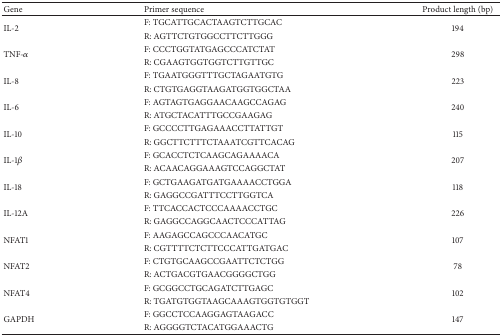
<table><thead><tr><td><b>Gene</b></td><td><b>Primer sequence</b></td><td><b>Product length (bp)</b></td></tr></thead><tbody><tr><td rowspan="2">IL-2</td><td>F: TGCATTGCACTAAGTCTTGCAC</td><td rowspan="2">194</td></tr><tr><td>R: AGTTCTGTGGCCTTCTTGGG</td></tr><tr><td rowspan="2">TNF-<i>α</i></td><td>F: CCCTGGTATGAGCCCATCTAT</td><td rowspan="2">298</td></tr><tr><td>R: CGAAGTGGTGGTCTTGTTGC</td></tr><tr><td rowspan="2">IL-8</td><td>F: TGAATGGGTTTGCTAGAATGTG</td><td rowspan="2">223</td></tr><tr><td>R: CTGTGAGGTAAGATGGTGGCTAA</td></tr><tr><td rowspan="2">IL-6</td><td>F: AGTAGTGAGGAACAAGCCAGAG</td><td rowspan="2">240</td></tr><tr><td>R: ATGCTACATTTGCCGAAGAG</td></tr><tr><td rowspan="2">IL-10</td><td>F: GCCCCTTGAGAAACCTTATTGT</td><td rowspan="2">115</td></tr><tr><td>R: GGCTTCTTTCTAAATCGTTCACAG</td></tr><tr><td rowspan="2">IL-1<i>β</i></td><td>F: GCACCTCTCAAGCAGAAAACA</td><td rowspan="2">207</td></tr><tr><td>R: ACAACAGGAAAGTCCAGGCTAT</td></tr><tr><td rowspan="2">IL-18</td><td>F: GCTGAAGATGATGAAAACCTGGA</td><td rowspan="2">118</td></tr><tr><td>R: GAGGCCGATTTCCTTGGTCA</td></tr><tr><td rowspan="2">IL-12A</td><td>F: TTCACCACTCCCAAAACCTGC</td><td rowspan="2">226</td></tr><tr><td>R: GAGGCCAGGCAACTCCCATTAG</td></tr><tr><td rowspan="2">NFAT1</td><td>F: AAGAGCCAGCCCAACATGC</td><td rowspan="2">107</td></tr><tr><td>R: CGTTTTCTCTTCCCATTGATGAC</td></tr><tr><td rowspan="2">NFAT2</td><td>F: CTGTGCAAGCCGAATTCTCTGG</td><td rowspan="2">78</td></tr><tr><td>R: ACTGACGTGAACGGGGCTGG</td></tr><tr><td rowspan="2">NFAT4</td><td>F: GCGGCCTGCAGATCTTGAGC</td><td rowspan="2">102</td></tr><tr><td>R: TGATGTGGTAAGCAAAGTGGTGTGGT</td></tr><tr><td rowspan="2">GAPDH</td><td>F: GGCCTCCAAGGAGTAAGACC</td><td rowspan="2">147</td></tr><tr><td>R: AGGGGTCTACATGGAAACTG</td></tr></tbody></table>